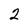
Character: 2